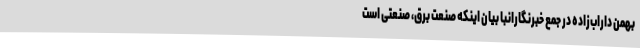
بهمن داراب‌زاده در جمع خبرنگارانبا بیان اینکه صنعت برق، صنعتی است